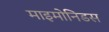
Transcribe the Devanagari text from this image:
माइमोनिडस